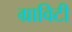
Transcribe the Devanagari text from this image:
ग्राविटी